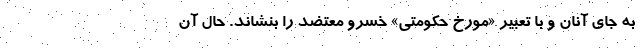
به جای آنان و با تعبیر «مورخ حکومتی» خسرو معتضد را بنشاند. حال آن